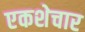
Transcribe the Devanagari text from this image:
एकशेचार